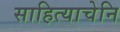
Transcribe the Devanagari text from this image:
साहित्याचेनि